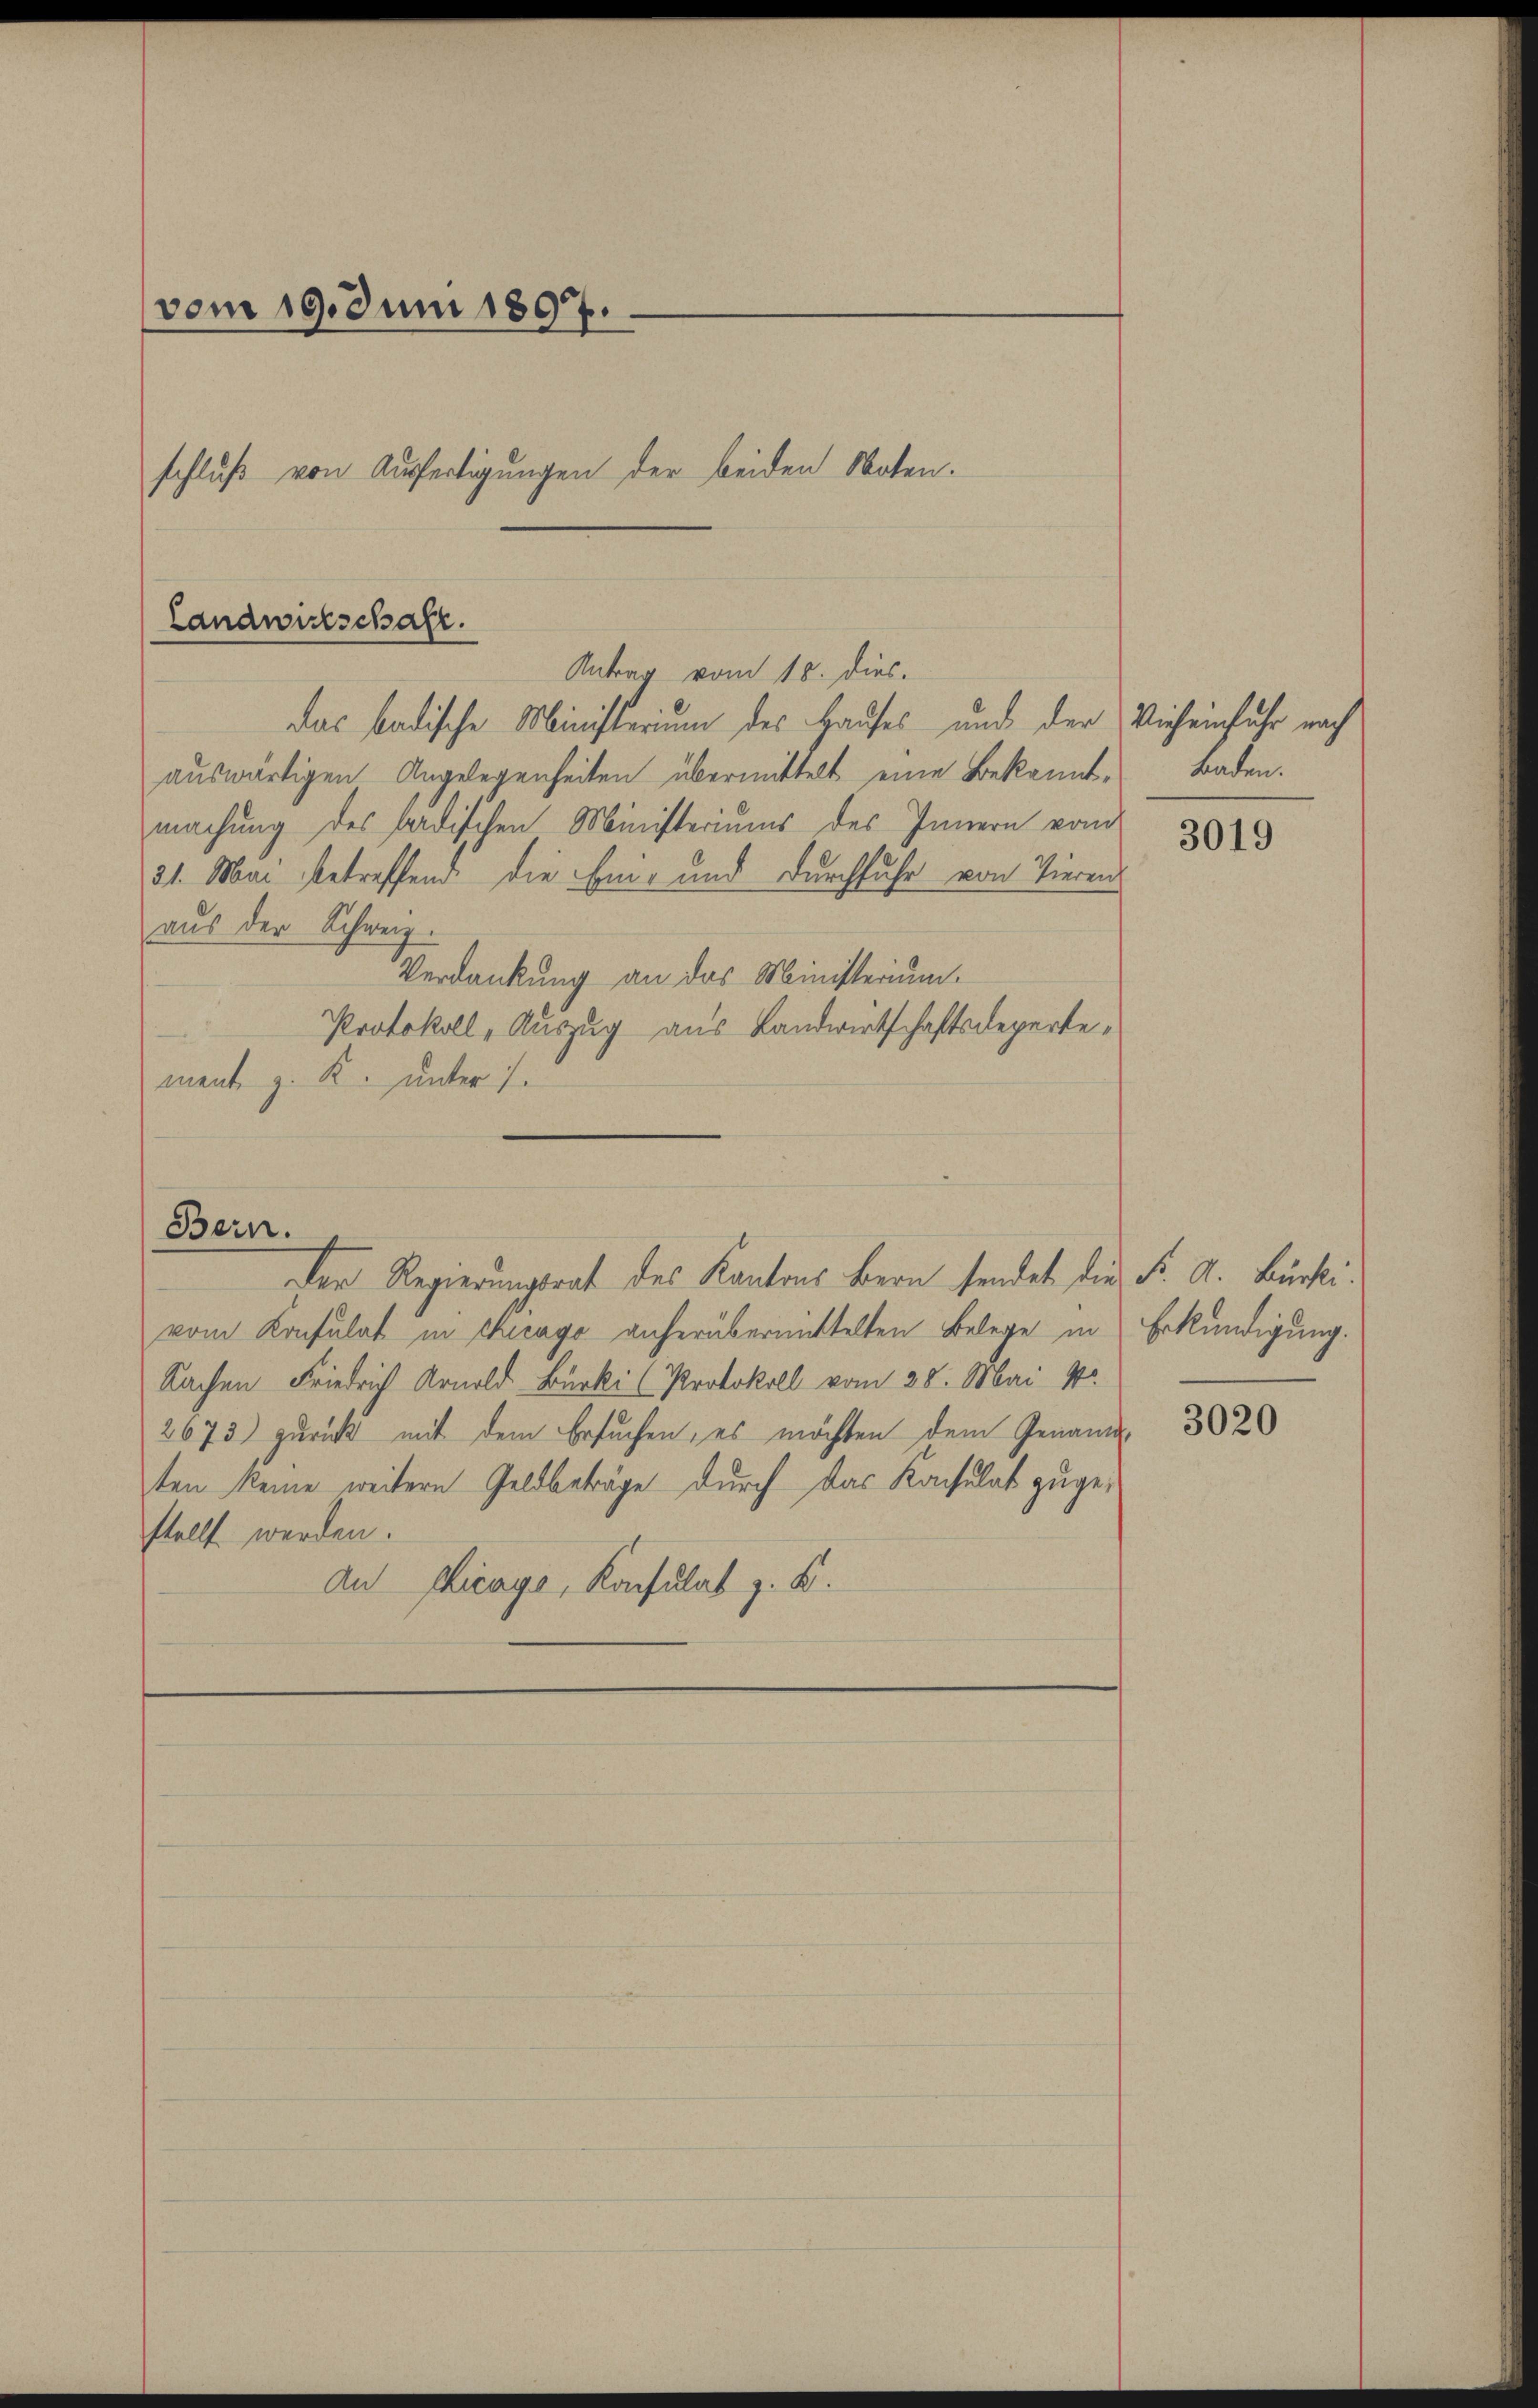
vom 19. Juni 1897.
schluß von Ausfertigungen der beiden Noten.

Landwirtschaft.
Antrag vom 18. dies.

Der Regierungsrat des Kantons Bern sendet die Fr. A. Bürkli
vom Konsulat in Chicago anherübermittelten Belege in
Sachen Friedrich Arnold Burki (Protokoll vom 28. Mai 1
2673) zurück mit dem Ersuchen, es möchten dem Genann-
ten keine weitern Geldbeträge durch das Konsulat zugestellt werden.
An Picays, Konsulat z. B.

Bern.

das badische Ministerium des Hauses und der Vieheinfuhr nach
auswärtigen Angelegenheiten übermittelt eine Bekanntmachung des badischen Ministeriums des Innern vom
31. Mai betreffend die Ein- und Durchfuhr von Tieren
aus der Schweiz.
Verdankung an das Ministerium.
Protokoll, Auszug aus Landwirtschaftsdepertement z. K. unter 1.

baden.

3019

Erkundigung.

3020